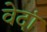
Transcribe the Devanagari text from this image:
वेदां